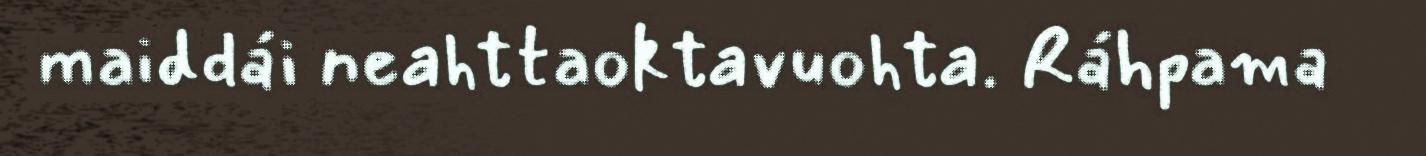
maiddái neahttaoktavuohta. Ráhpama